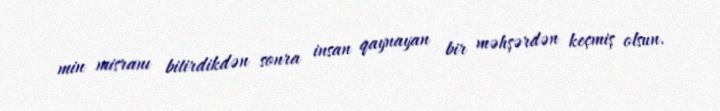
min misranı bitirdikdən sonra insan qaynayan bir məhşərdən keçmiş olsun.